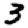
Digit: 3